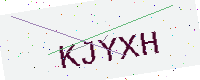
Text: KJYXH